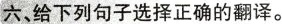
六、给下列句子选择正确的翻译。